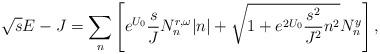
LaTeX: \begin{align*}\sqrt{s}E - J = \sum_n \left[ e^{U_0} \frac{s}{J}N_n^{r,\omega}|n| +\sqrt{1+e^{2U_0}\frac{s^2}{J^2}n^2}N_n^y \right],\end{align*}